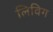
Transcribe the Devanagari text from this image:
लिविग